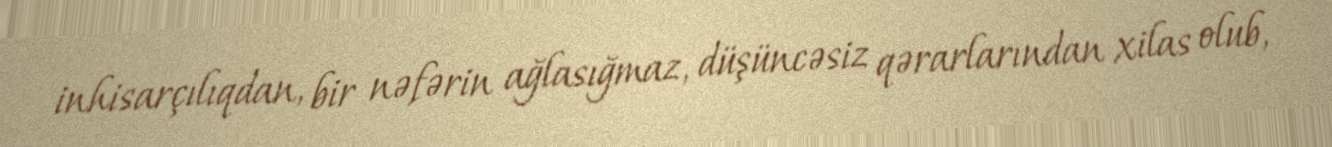
inhisarçılıqdan, bir nəfərin ağlasığmaz, düşüncəsiz qərarlarından xilas olub,